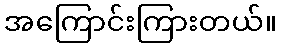
အကြောင်းကြားတယ်။